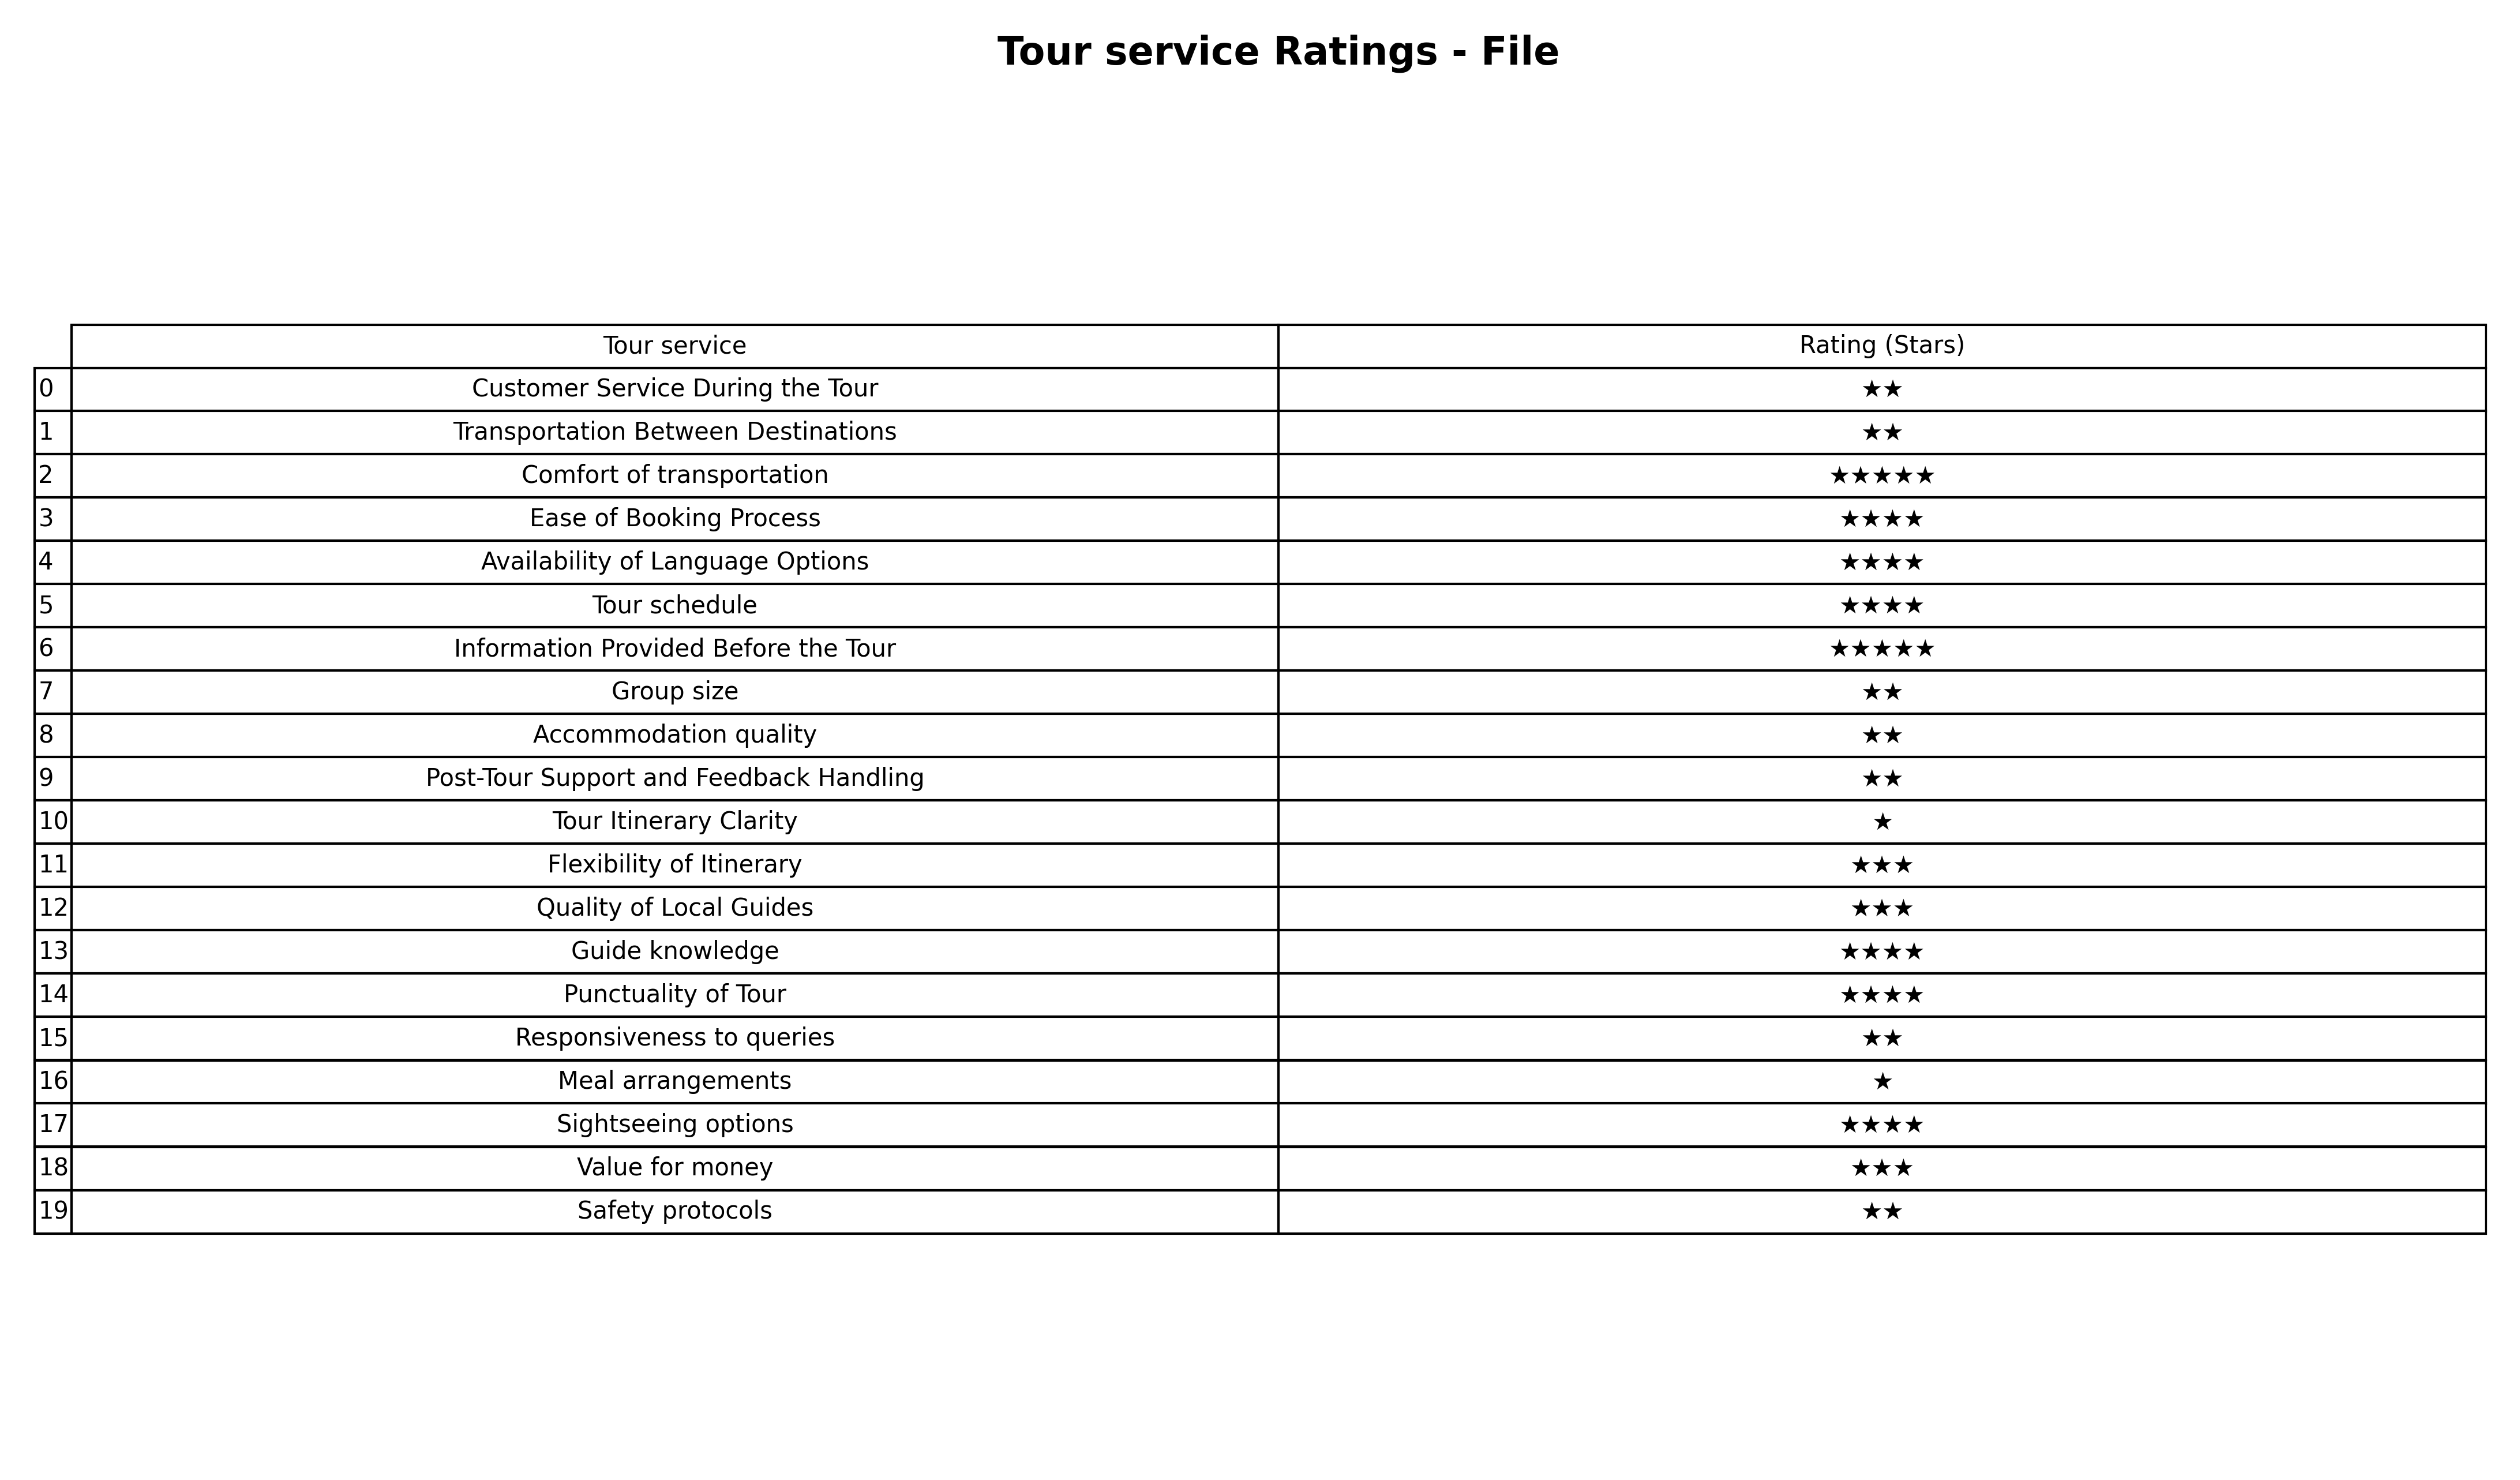
question: What is the rating of Ease of Booking Process?
answer: ★★★★